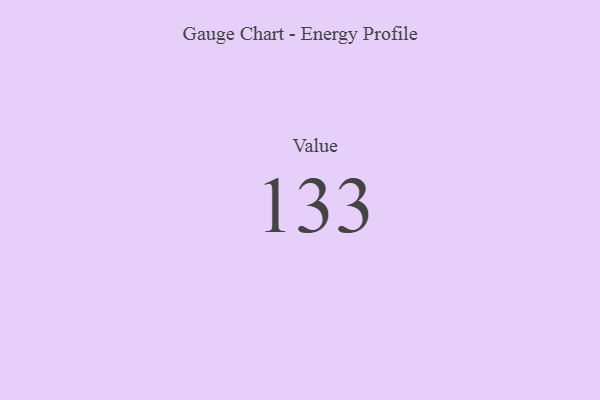
{"axis": {"x": "Metric", "y": "Value"}, "legend": [""], "data": [{"x": "Value", "y": 133, "type": ""}]}